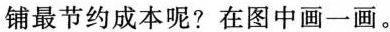
铺最节约成本呢?在图中画一画。